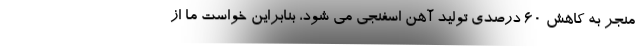
منجر به کاهش ۶۰ درصدی تولید آهن اسفنجی می شود، بنابراین خواست ما از